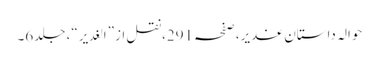
حوالہ داستانِ غدیر،صفحہ291،نقل از”الغدیر“، جلد6۔